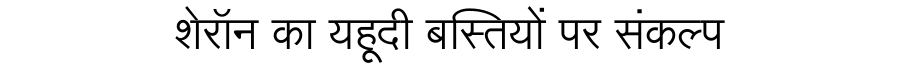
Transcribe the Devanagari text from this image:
शेरॉन का यहूदी बस्तियों पर संकल्प